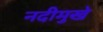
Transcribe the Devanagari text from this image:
नदीमुखे